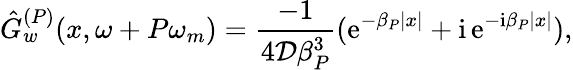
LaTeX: \hat{G}_{w}^{(P)}(x,\omega+P\omega_{m})=\frac{-1}{4\mathcal{D}\beta_{P}^{3}}(\mathrm{e}^{-\beta_{P}|x|}+\mathrm{i}\, \mathrm{e}^{\mathrm{-i}\beta_{P}|x|}),